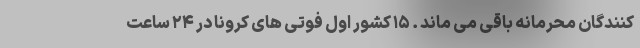
کنندگان محرمانه باقی می ماند . ۱۵ کشور اول فوتی های کرونا در ۲۴ ساعت